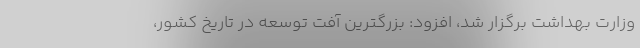
وزارت بهداشت برگزار شد، افزود: بزرگترین آفت توسعه در تاریخ کشور،